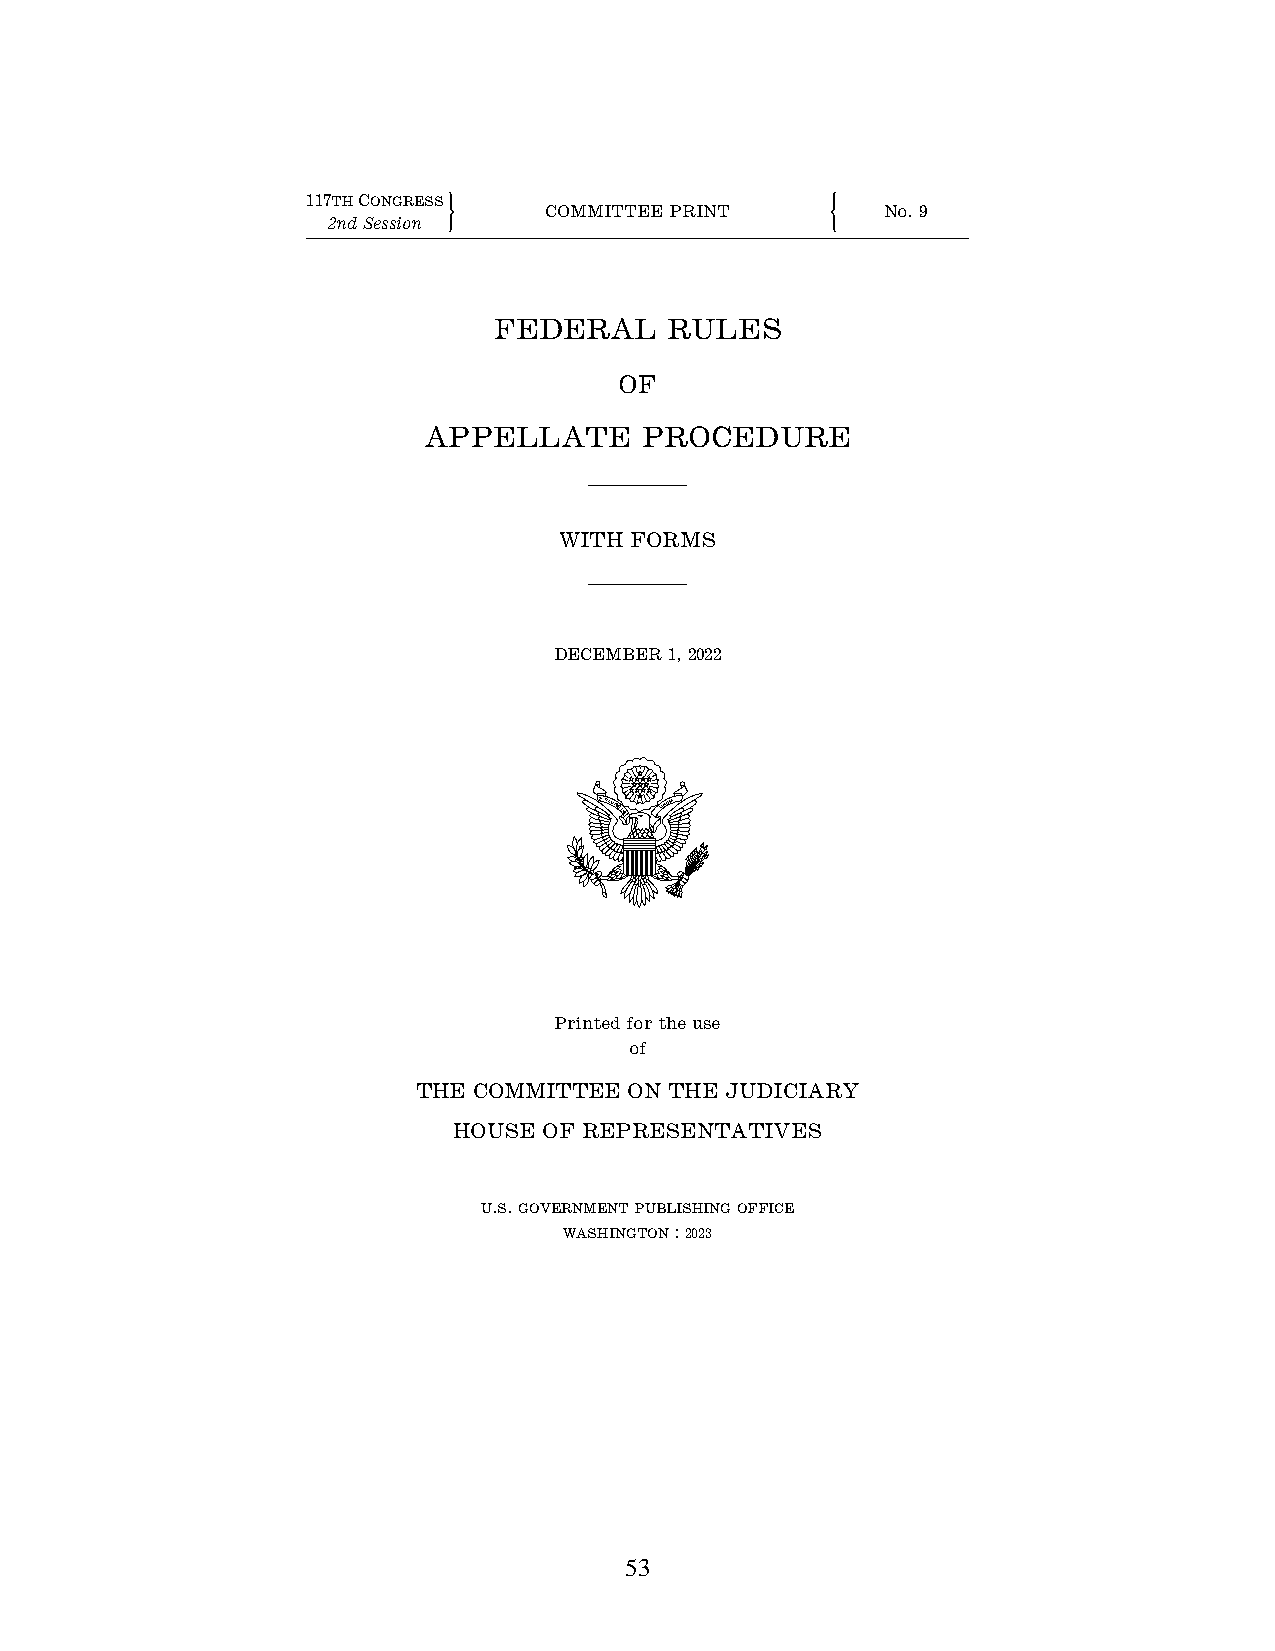
117THCONGRESS
 "     COMMITTEE PRINT    !  No. 9
 2nd Session
 FEDERAL    RULES
 OF
 APPELLATE     PROCEDURE
 WITH FORMS
 DECEMBER 1, 2022
 EPLURIBUS UNUM
 Printed for the use
 of
 THE COMMITTEE ON THE JUDICIARY
 HOUSE OF REPRESENTATIVES
 U.S. GOVERNMENTPUBLISHINGOFFICE
 WASHINGTON: 2023
 53